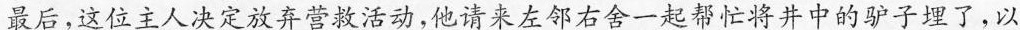
最后，这位主人决定放弃营救活动，他请来左邻右舍一起帮忙将井中的驴子理了，以